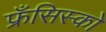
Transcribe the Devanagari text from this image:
फ्रँसिस्को